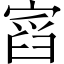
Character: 𡩹